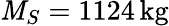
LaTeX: \mathit{M}_{S}=1124\, \mathrm{{kg}}